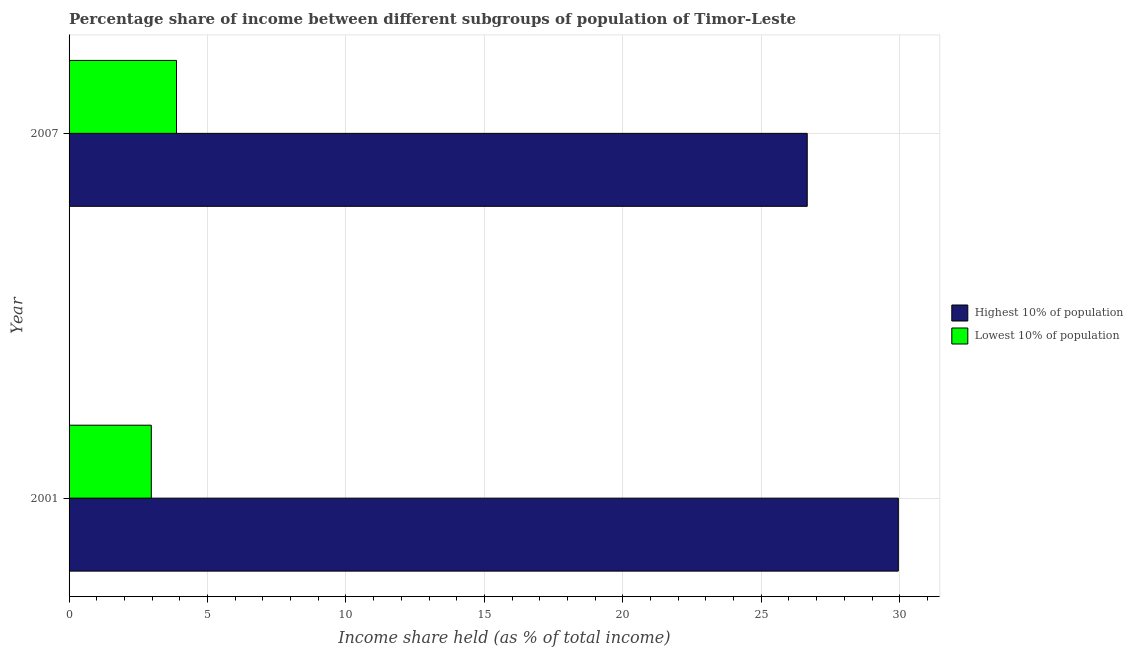
| Year | Highest 10% of population | Lowest 10% of population |
 | --- | --- | --- |
 | 2001 | 29.9 | 2.97 |
 | 2007 | 26.7 | 3.88 |